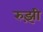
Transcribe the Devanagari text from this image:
रुझ़ी